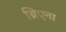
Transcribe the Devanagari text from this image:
ब्रिएना